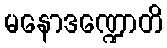
မနောဒဏ္ဍောတိ